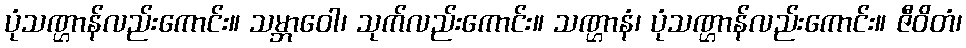
ပုံသဏ္ဌာန်လည်းကောင်း။ သမ္ဘာဝေါ၊ သုက်လည်းကောင်း။ သဏ္ဌာနံ၊ ပုံသဏ္ဌာန်လည်းကောင်း။ ဇီဝိတံ၊